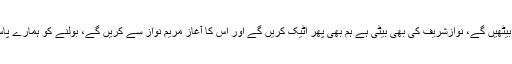
انہوں نے تنبیہ کی کہ اگر نواز شریف نے معافی نہ مانگی تو ہم بھی چپ نہیں بیٹھیں گے، نوازشریف کی بھی بیٹی ہے ہم بھی پھر اٹیک کریں گے اور اس کا آغاز مریم نواز سے کریں گے، بولنے کو ہمارے پاس بھی بہت کچھ ہے، نوازشریف کے اس بیان کو پارلیمنٹ میں اٹھایا جائے گا۔